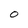
Character: 0